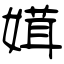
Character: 媶